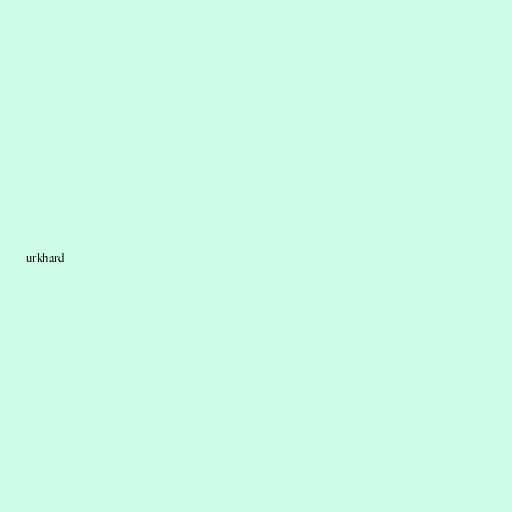
urkhard